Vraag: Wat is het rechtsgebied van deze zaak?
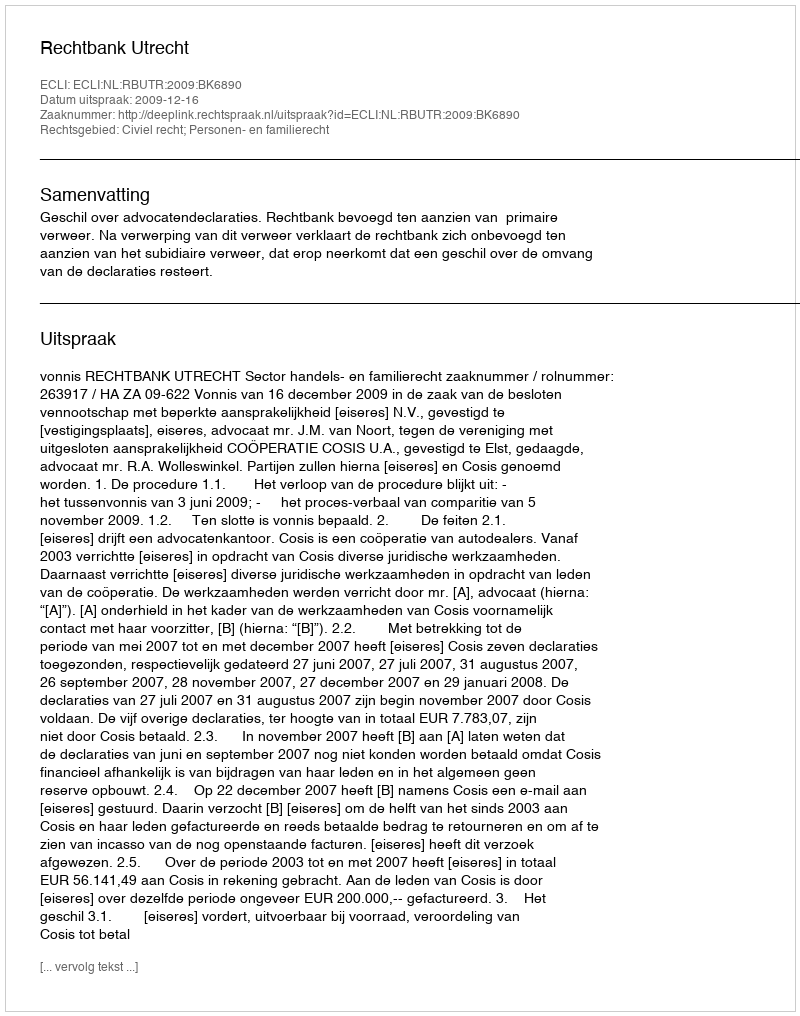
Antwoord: Civiel recht; Personen- en familierecht